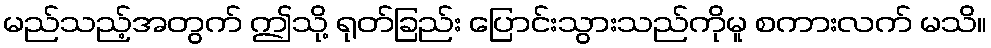
မည်သည့်အတွက် ဤသို့ ရုတ်ခြည်း ပြောင်းသွားသည်ကိုမူ စကားလက် မသိ။